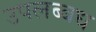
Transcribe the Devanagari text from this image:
उपलब्बध